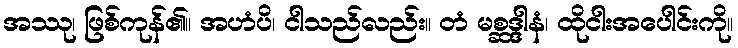
အဿု၊ ဖြစ်ကုန်၏။ အဟံပိ၊ ငါသည်လည်း။ တံ မစ္ဆဒ္ဒါနံ၊ ထိုငါးအပေါင်းကို။